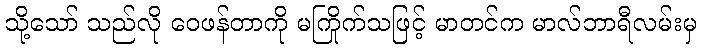
သို့သော် သည်လို ဝေဖန်တာကို မကြိုက်သဖြင့် မာတင်က မာလ်ဘာရီလမ်းမှ